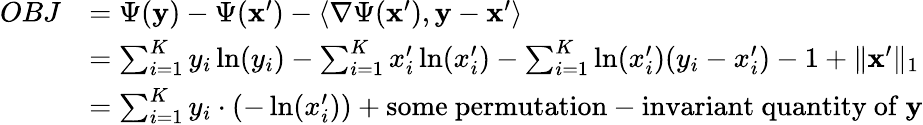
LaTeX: \begin{array}{rl}{OBJ}&{=\Psi(\mathbf y)-\Psi(\mathbf x^{\prime})-\langle\nabla\Psi(\mathbf x^{\prime}),\mathbf y-\mathbf x^{\prime}\rangle}\\ &{=\sum_{i=1}^{K}y_{i}\ln(y_{i})-\sum_{i=1}^{K}x_{i}^{\prime}\ln(x_{i}^{\prime})-\sum_{i=1}^{K}\ln(x_{i}^{\prime})(y_{i}-x_{i}^{\prime})-1+\lVert\mathbf x^{\prime}\rVert_{1}}\\ &{=\sum_{i=1}^{K}y_{i}\cdot(-\ln(x_{i}^{\prime}))+\mathrm{some~permutation-invariant~quantity~of~}\mathbf y}\end{array}